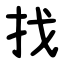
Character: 找